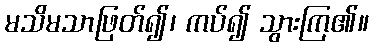
မသိမသာဖြတ်၍၊ ကပ်၍ သွားကြ၏။